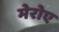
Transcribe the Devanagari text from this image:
मेरोए